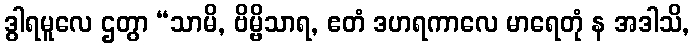
ဒွါရမူလေ ဌတွာ “သာမိ, ဗိမ္ဗိသာရ, ဧတံ ဒဟရကာလေ မာရေတုံ န အဒါသိ,